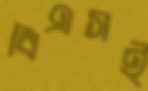
বিএসই